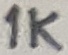
Text: 1K